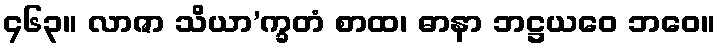
၄၆၃။ လာဇာ သိယာ’က္ခတံ စာထ၊ ဓာနာ ဘဋ္ဌယဝေ ဘဝေ။